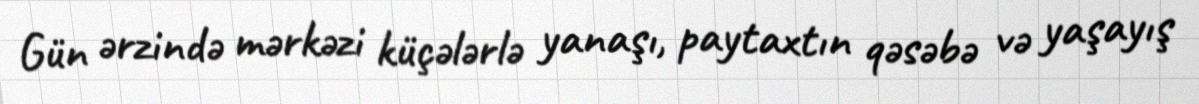
Gün ərzində mərkəzi küçələrlə yanaşı, paytaxtın qəsəbə və yaşayış